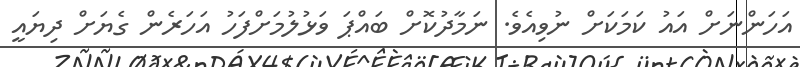
އަހަންނަށް އައު ކަމަކަށް ނުވިއެވެ. ނަމާދުކޮށް ބައްޕަ ވަޅުލުމަށްފަހު އަހަރެން ގެޔަށް ދިޔައީ